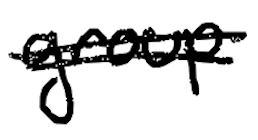
Text: group
Cross-out: double-line
Writing tool: digital_black